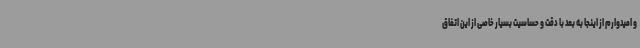
و امیدوارم از اینجا به بعد با دقت و حساسیت بسیار خاصی از این اتفاق